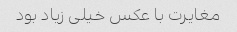
مغایرت با عکس خیلی زیاد بود